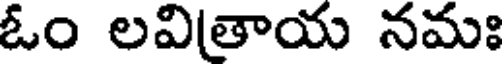
ఓం లవితాయ నమః